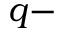
q -